Annual report of the Punjab Veterinary College and of the Civil Veterinary Department, Punjab - 1920-1925
Year: 1920
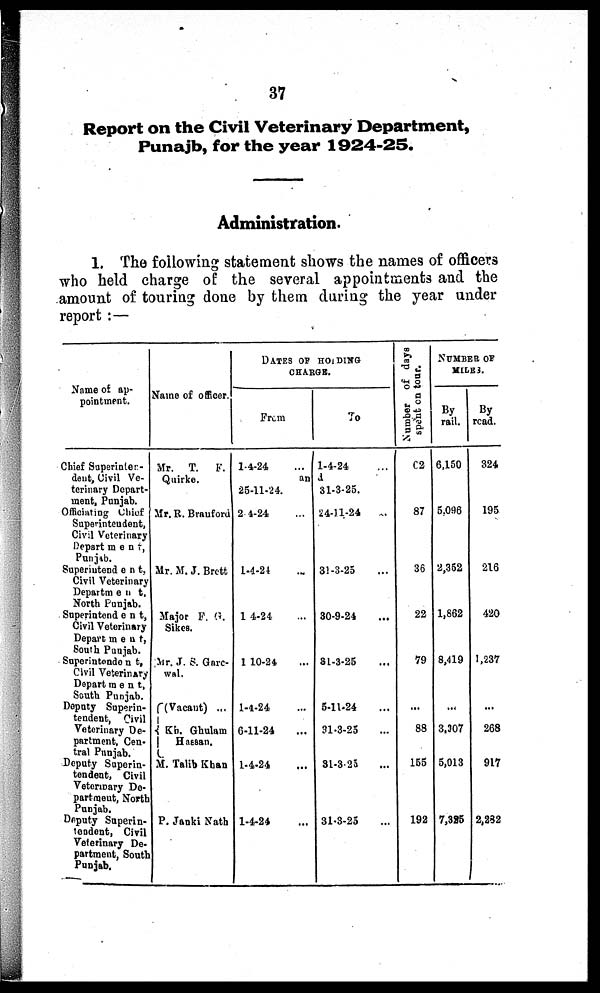
37
Report on the Civil Veterinary Department,
Punajb, for the year 1924-25.
Administration.
1. The following statement shows the names of officers
who held charge of the several appointments and the
amount of touring done by them during the year under
report:—
Name of ap-
pointment.
Chief Superinten-
dent, Civil Ve-
terinary Depart-
ment, Punjab.
Officiating Chief
Superintendent,
Civil Veterinary
Department,
Punjab.
Superintendent,
Civil Veterinary
Department,
North Punjab.
Superintendent,
Civil Veterinary
Department,
South Punjab.
Superintendent,
Civil Veterinary
Department,
South Punjab.
Deputy Superin-
tendent, Civil
Veterinary De-
partment, Cen-
tral Punjab.
Deputy Superin-
tendent, Civil
Veterinary De-
partment, North
Punjab.
Deputy Superin-
tendent, Civil
Veterinary De-
partment, South
Punjab.
Name of officer.
Mr. T. F.
Quirke.
Mr. R. Brauford
Mr. M. J. Brett
Major F. G.
Sikes.
Mr. J. S. Garc-
wal.
(Vacant) ...
Kb. Ghulam
Hassan.
M. Talib Khan
P. Janki Nath
DATES OP HOLDING
CHARGE.
From
1-4-24 ...
To
1-4-24 ...
an
25-11-24,
2 4-24 ...
1-4-24 ...
1 4-24 ...
1 10-24 ...
1-4-24 ...
6-11-24 ...
1-4-24 ...
1-4-24 ...
31-3-25.
24-11-24
...
31-3-25 ...
30-9-24 ...
31-3-25 ...
5-11-24 ...
31-3-25 ...
31-3-25 ...
31-3-25 ...
Number of days
spent on tour.
62
87
36
22
79
...
88
155
192
NUMBER OF
MILES.
By
rail.
6,150
5.096
2,352
1,862
8,419
...
3,307
5,013
7,325
By
read.
324
195
216
420
1,237
...
268
917
2,232